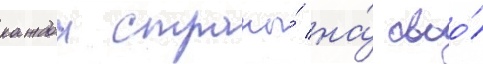
каждои страны́ на́ своо́